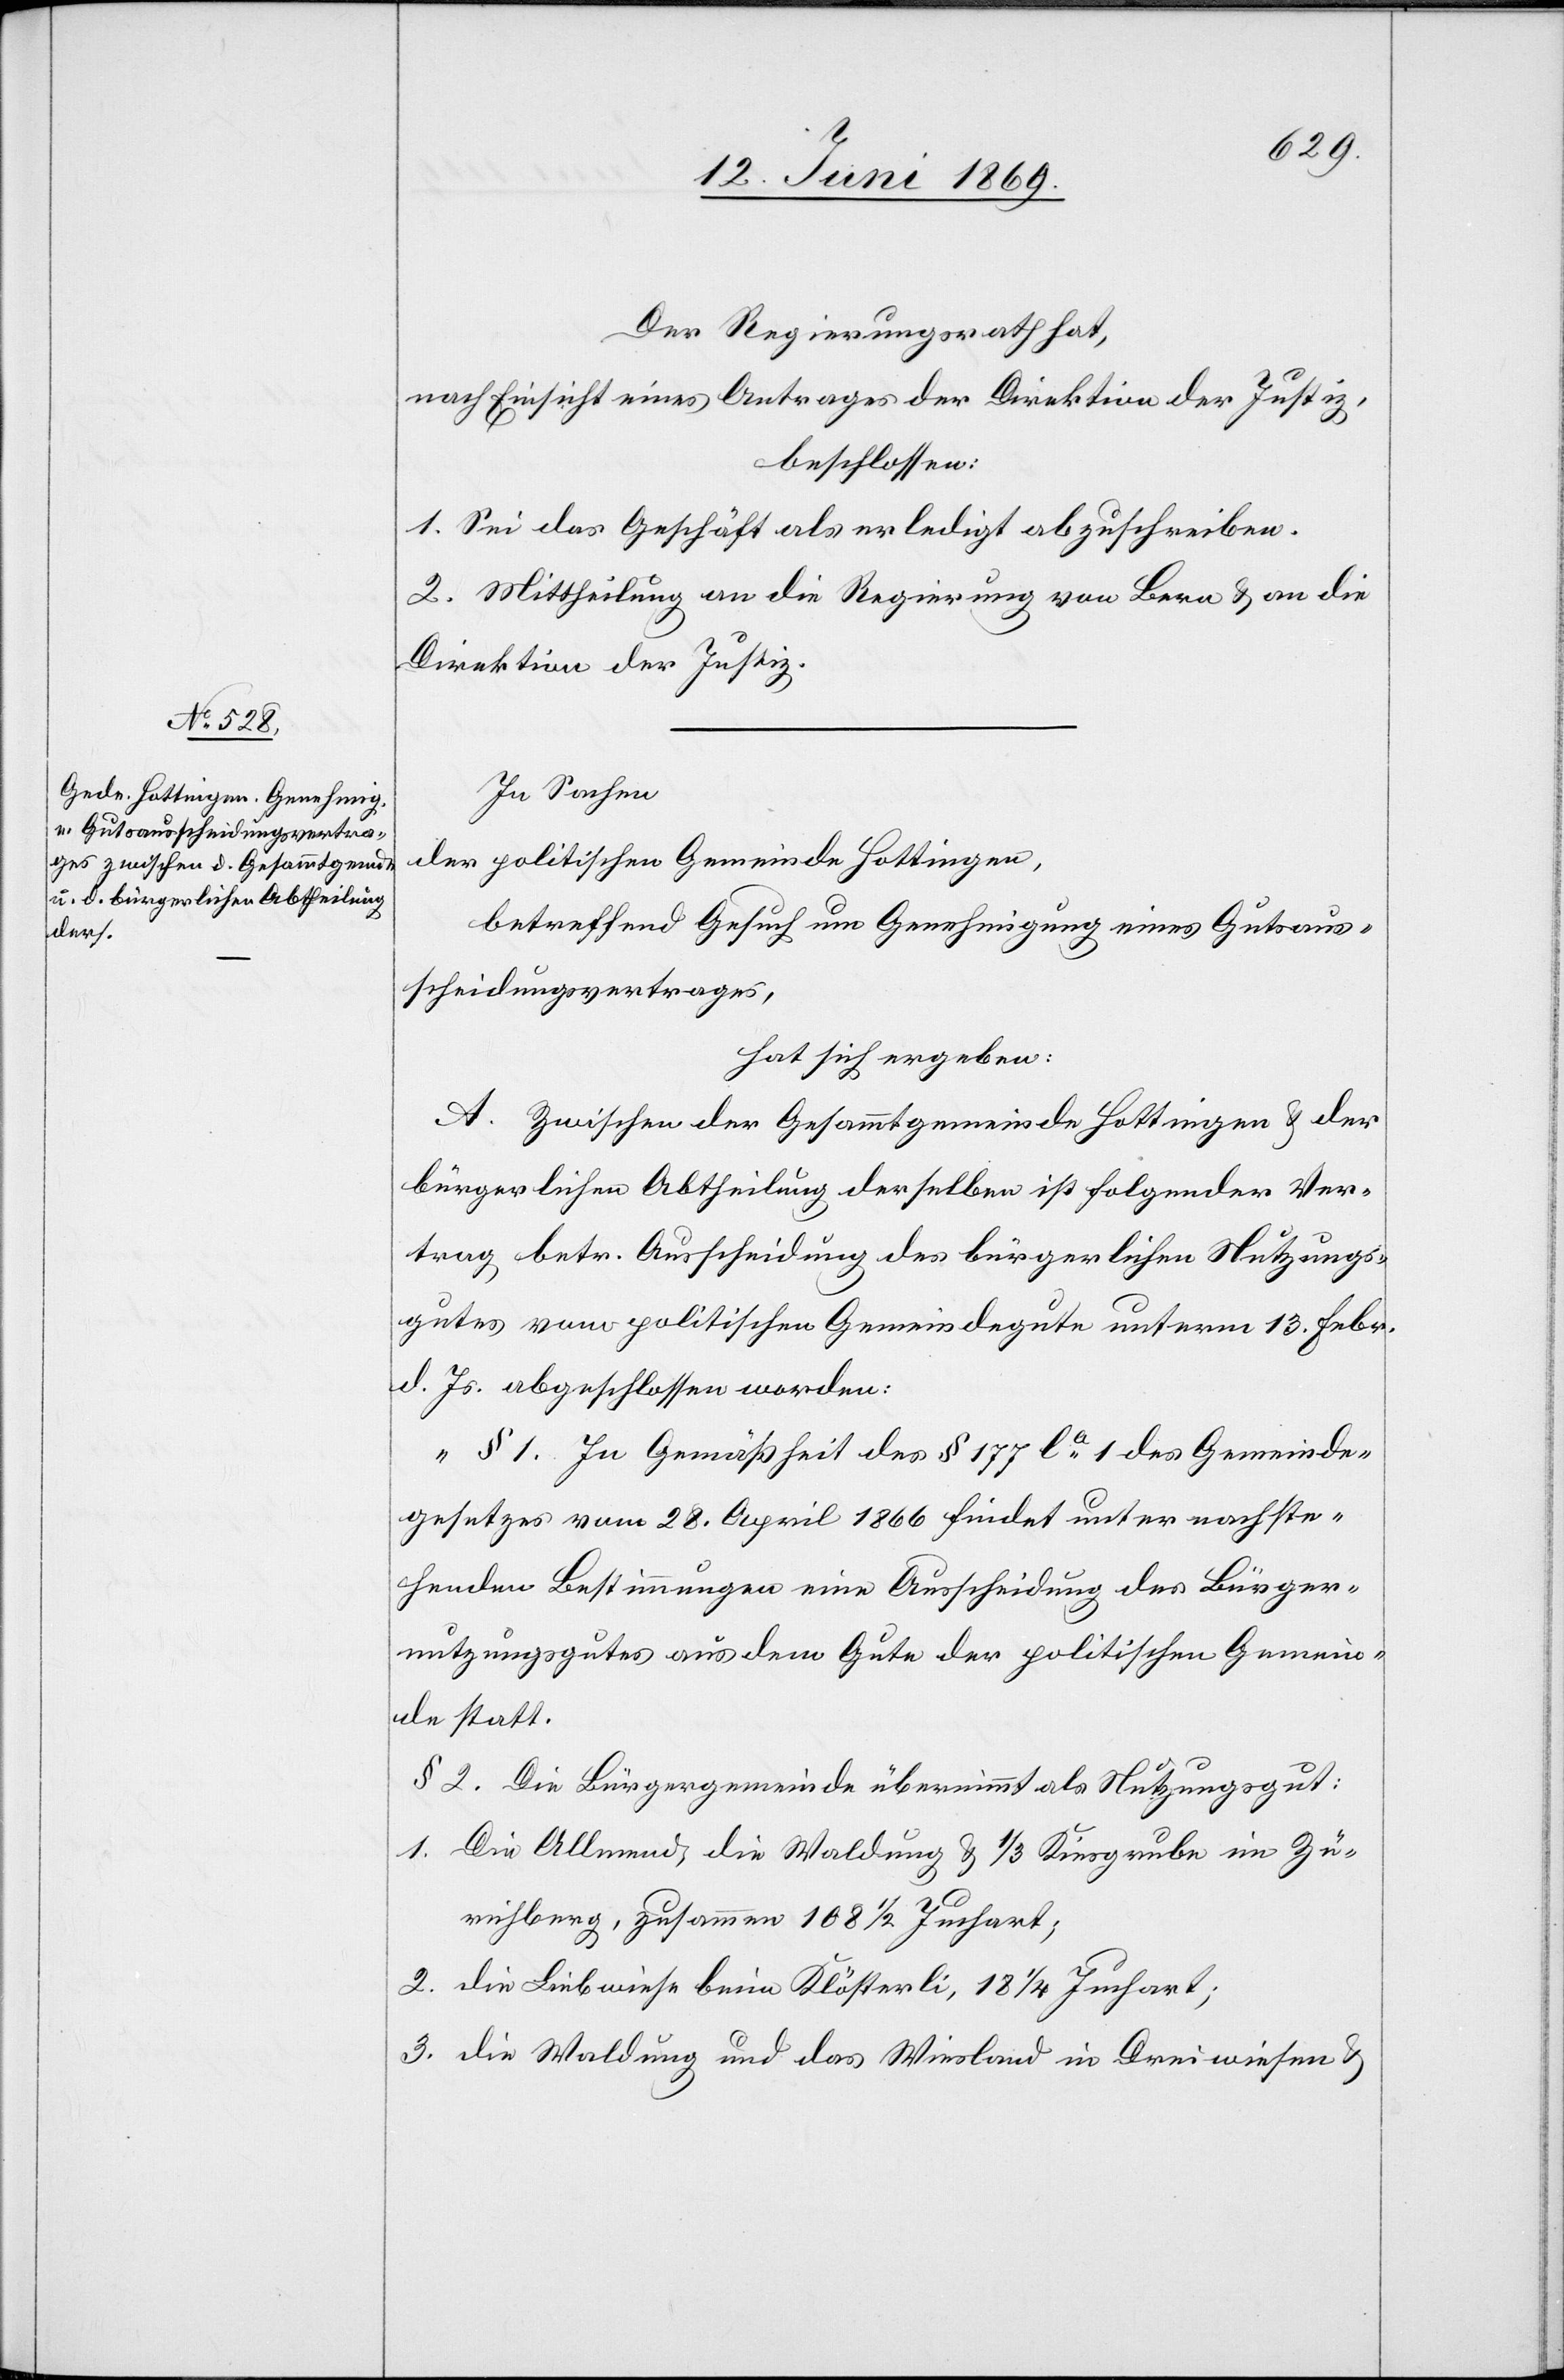
Der Regierungsrath hat,
nach Einsicht eines Antrages der Direktion der Justiz,
beschlossen:
1. Sei das Geschäft als erledigt abzuschreiben.
2. Mittheilung an die Regierung von Bern u. an die
Direktion der Justiz.
In Sachen
der politischen Gemeinde Hottingen,
betreffend Gesuch um Genehmigung eines Gutsaus¬
scheidungsvertrages,
hat sich ergeben:
A. Zwischen der Gesammtgemeinde Hottingen u. der
bürgerlichen Abtheilung derselben ist folgender Ver¬
trag betr. Ausscheidung des bürgerlichen Nutzungs¬
gutes vom politischen Gemeindsgute unterm 13. Febr.
d. Js. abgeschlossen worden:
„§ 1. In Gemäßheit des § 177 la 1 des Gemeinde¬
gesetzes vom 28. April 1866 findet unter nachste¬
henden Bestimmungen eine Ausscheidung des Bürger¬
nutzungsgutes aus dem Gute der politischen Gemein¬
de statt.
§ 2. Die Bürgergemeinde übernimmt als Nutzungsgut:
1. Die Allmend, die Waldung u. 1/3 Kiesgrube im Zü¬
richberg, zusammen 188 1/2 Juchart;
2. die Liebwiese beim Klösterli, 18 1/4 Juchart;
3. die Waldung und das Wiesland in Dreiwiesen u.